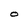
Character: O